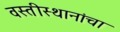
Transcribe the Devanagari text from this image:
वस्तीस्थानांचा